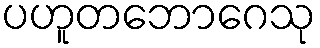
ပဟူတဘောဂေသု